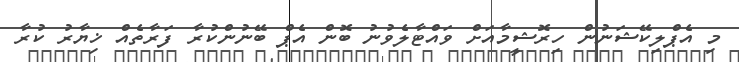
މި އެޕްލިކޭޝަނުން ހިރޮޝީމާއަށް ވައްޓާލެވުނު ބޮން އެޕް ބޭނުންކުރާ ފަރާތެއް ޚިޔާރު ކުރާ